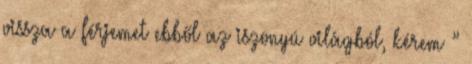
vissza a férjemet ebből az iszonyú világból, kérem ”